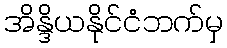
အိန္ဒိယနိုင်ငံဘက်မှ